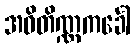
အဝိတိဏ္ဏကင်္ခေါ